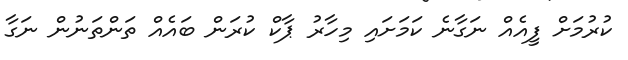
ކުރުމަށް ފީއެއް ނަގާނެ ކަމަށައި މިހާރު ޕާކް ކުރަން ބައެއް ތަންތަނުން ނަގާ